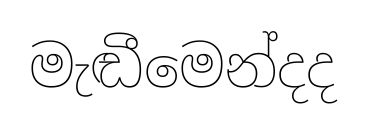
මැඬීමෙන්දද